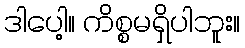
ဒါပေါ့။ ကိစ္စမရှိပါဘူး။